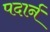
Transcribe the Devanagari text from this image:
पदार्न